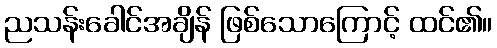
ညသန်းခေါင်အချိန် ဖြစ်သောကြောင့် ထင်၏။